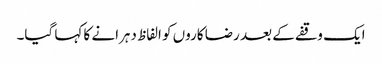
ایک وقفے کے بعد رضا کاروں کو الفاظ دہرانے کا کہا گیا۔